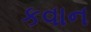
કવાન